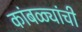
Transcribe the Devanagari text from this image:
कांबळ्यांची